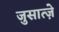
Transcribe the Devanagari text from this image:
जुसात्ज़े